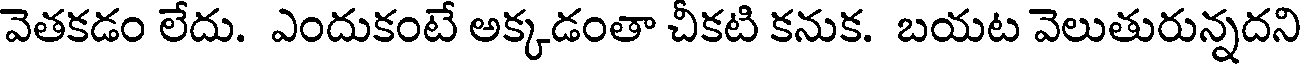
వెతకడం లేదు. ఎందుకంటే అక్కడంతా చీకటి కనుక. బయట వెలుతురున్నదని